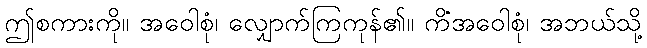
ဤစကားကို။ အဝေါစုံ၊ လျှောက်ကြကုန်၏။ ကိံအဝေါစုံ၊ အဘယ်သို့